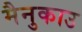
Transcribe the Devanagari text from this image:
मैनुकाउ